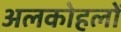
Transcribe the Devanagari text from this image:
अलकोहलों